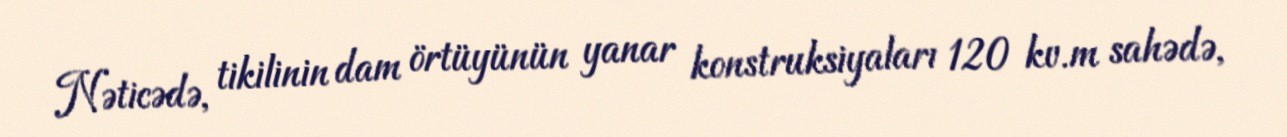
Nəticədə, tikilinin dam örtüyünün yanar konstruksiyaları 120 kv.m sahədə,